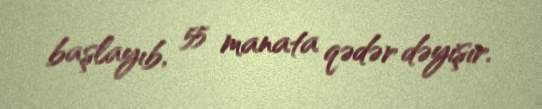
başlayıb, 55 manata qədər dəyişir.